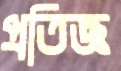
প্রতিজ্ঞ